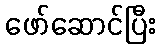
ဖော်ဆောင်ပြီး